65_HS1-834228961_62-HQ-83894_Section_2
Agency: FBI
Page 149
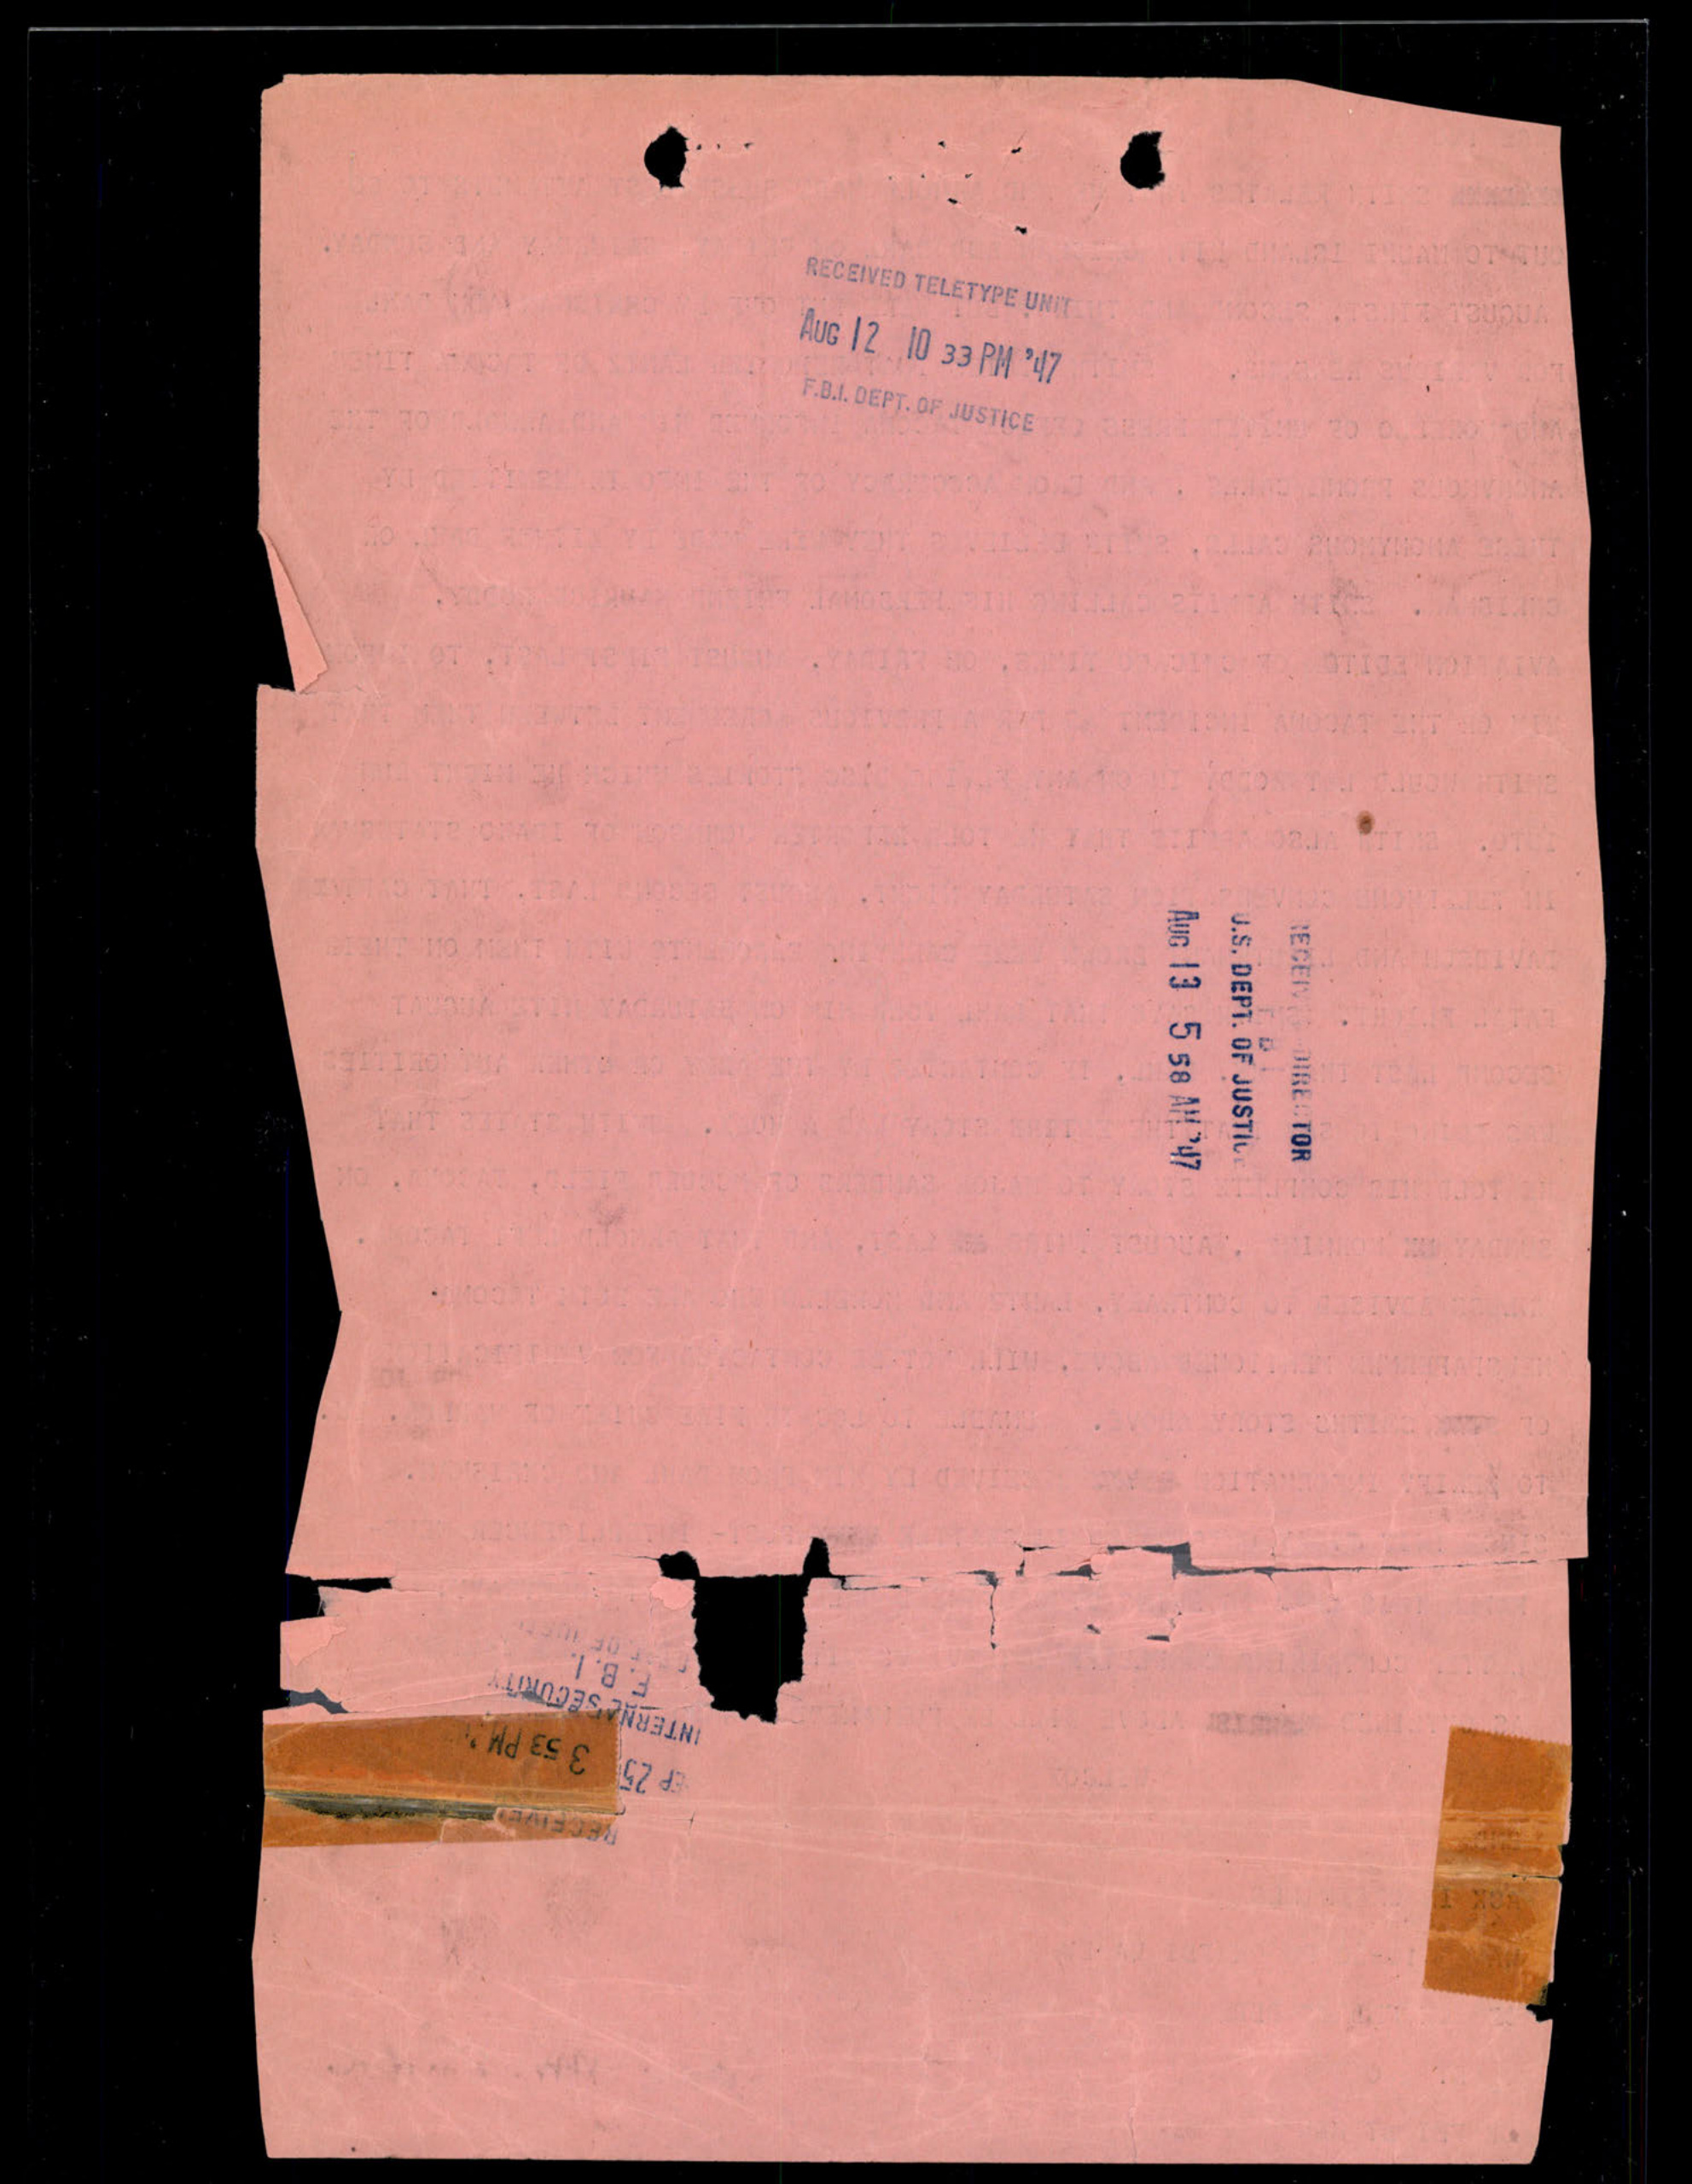